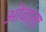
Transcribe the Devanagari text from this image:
ओवाला